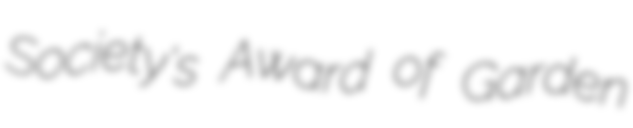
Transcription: Society's Award of Garden